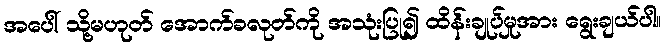
အပေါ် သို့မဟုတ် အောက်ခလုတ်ကို အသုံးပြု၍ ထိန်းချုပ်မှုအား ရွေးချယ်ပါ။